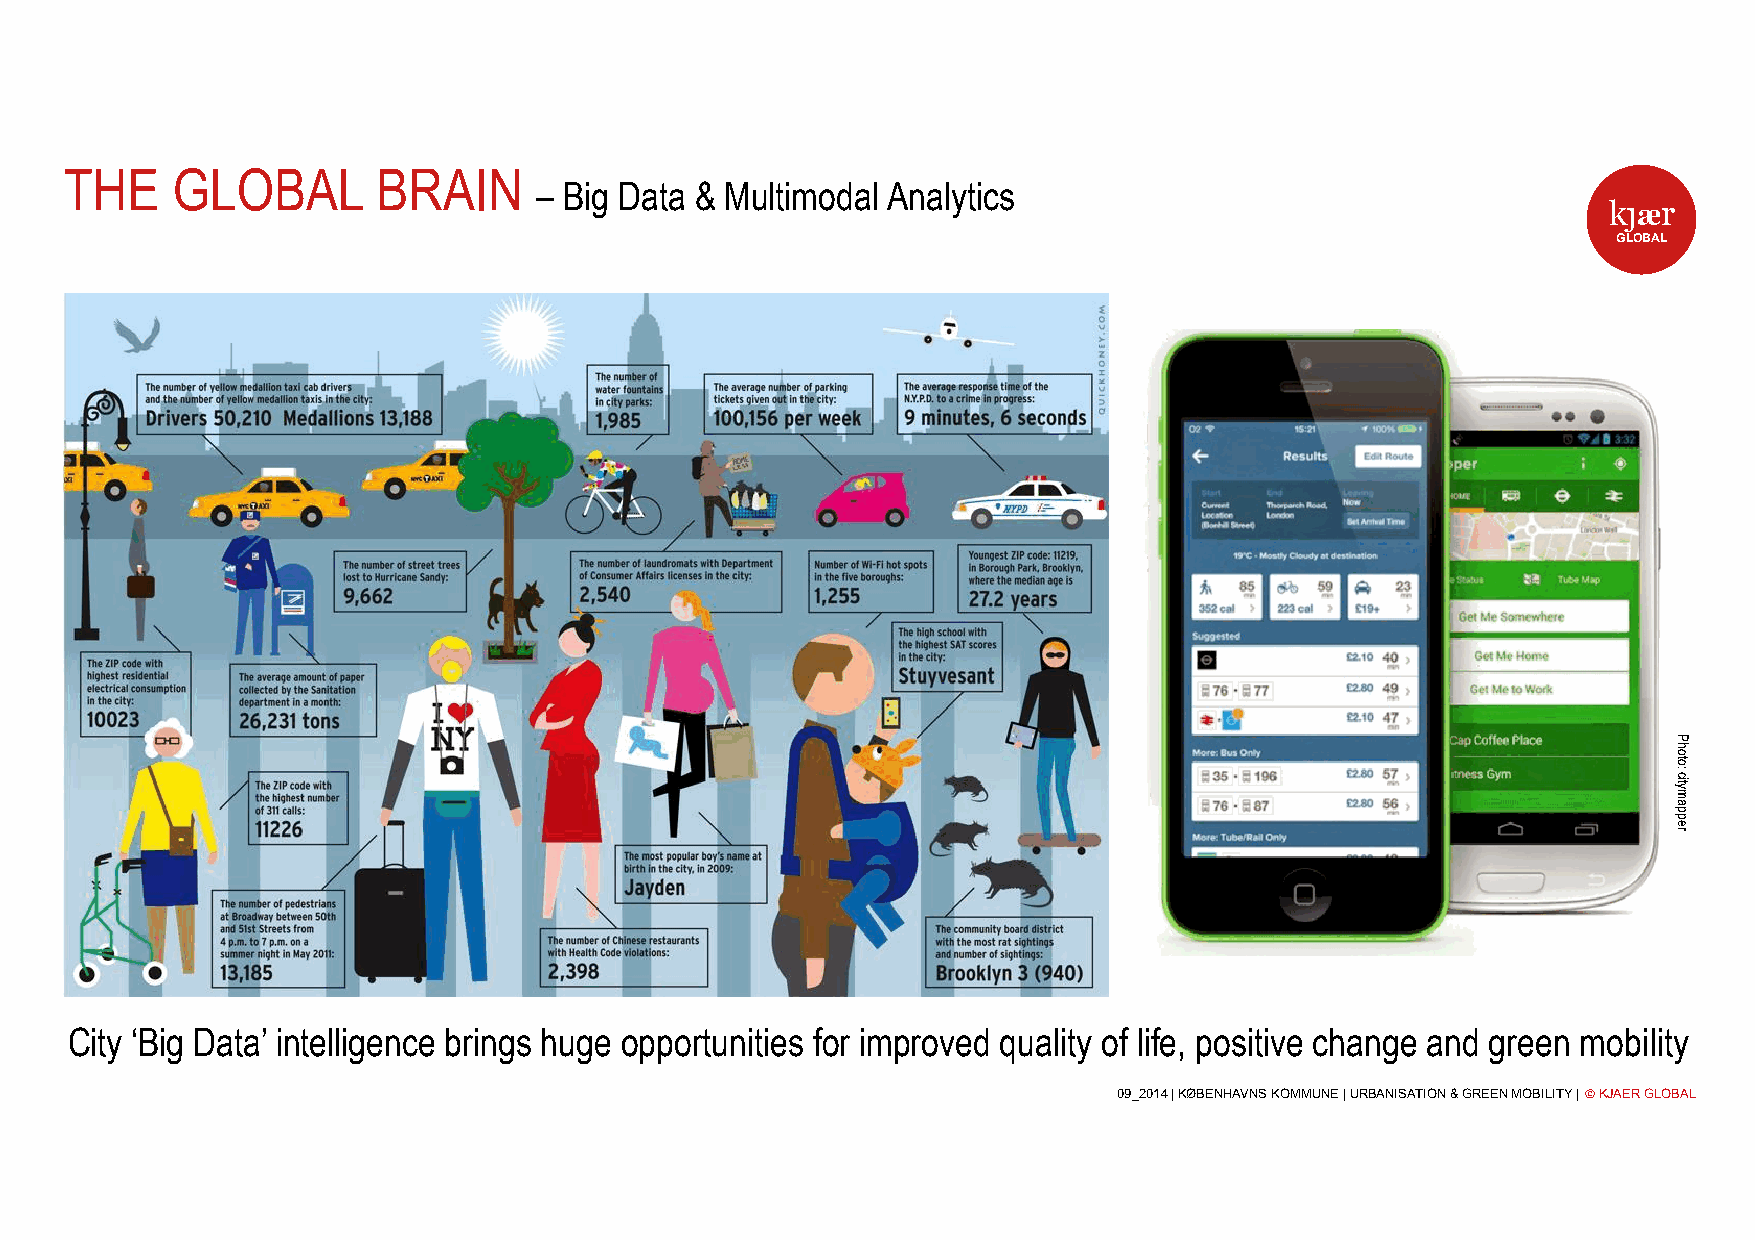
THE    GLOBAL        BRAIN
 – Big Data & Multimodal Analytics
 k j ær
 GLOBAL
 City ‘Big Data’ intelligence brings huge opportunities for improved quality of life, positive change and green mobility
 09_2014 | KØBENHAVNS KOMMUNE | URBANISATION & GREEN MOBILITY | © KJAER GLOBAL
 Photo:
 citymapper